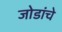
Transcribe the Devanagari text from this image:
जोडांचे